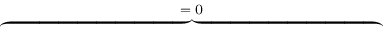
\overbrace { \phantom { \left. \sum _ { k = 1 } ^ { 3 } \sum _ { i = 1 } ^ { 2 } \sum _ { p = 1 } ^ { P _ { k } ^ { ( i ) } } \left( \frac { - \kappa ^ { ( i ) } } { \varepsilon _ { 0 } c _ { p , k } ^ { ( i ) } } \partial _ { t } \tilde { Q } _ { p , k } ^ { ( i ) } ( \mathrm { d } _ { \rho } Q _ { p , k } ^ { ( i ) } ) + \mathrm { c . c } \right) \right| _ { 0 } ^ { T } } } ^ { = \; 0 }